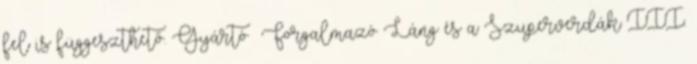
fel is függeszthető. Gyártó Forgalmazó Láng és a Szuperverdák III.